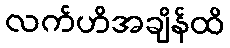
လက်ဟိအချိန်ထိ